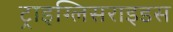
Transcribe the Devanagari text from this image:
ट्राइग्लिसराइडस